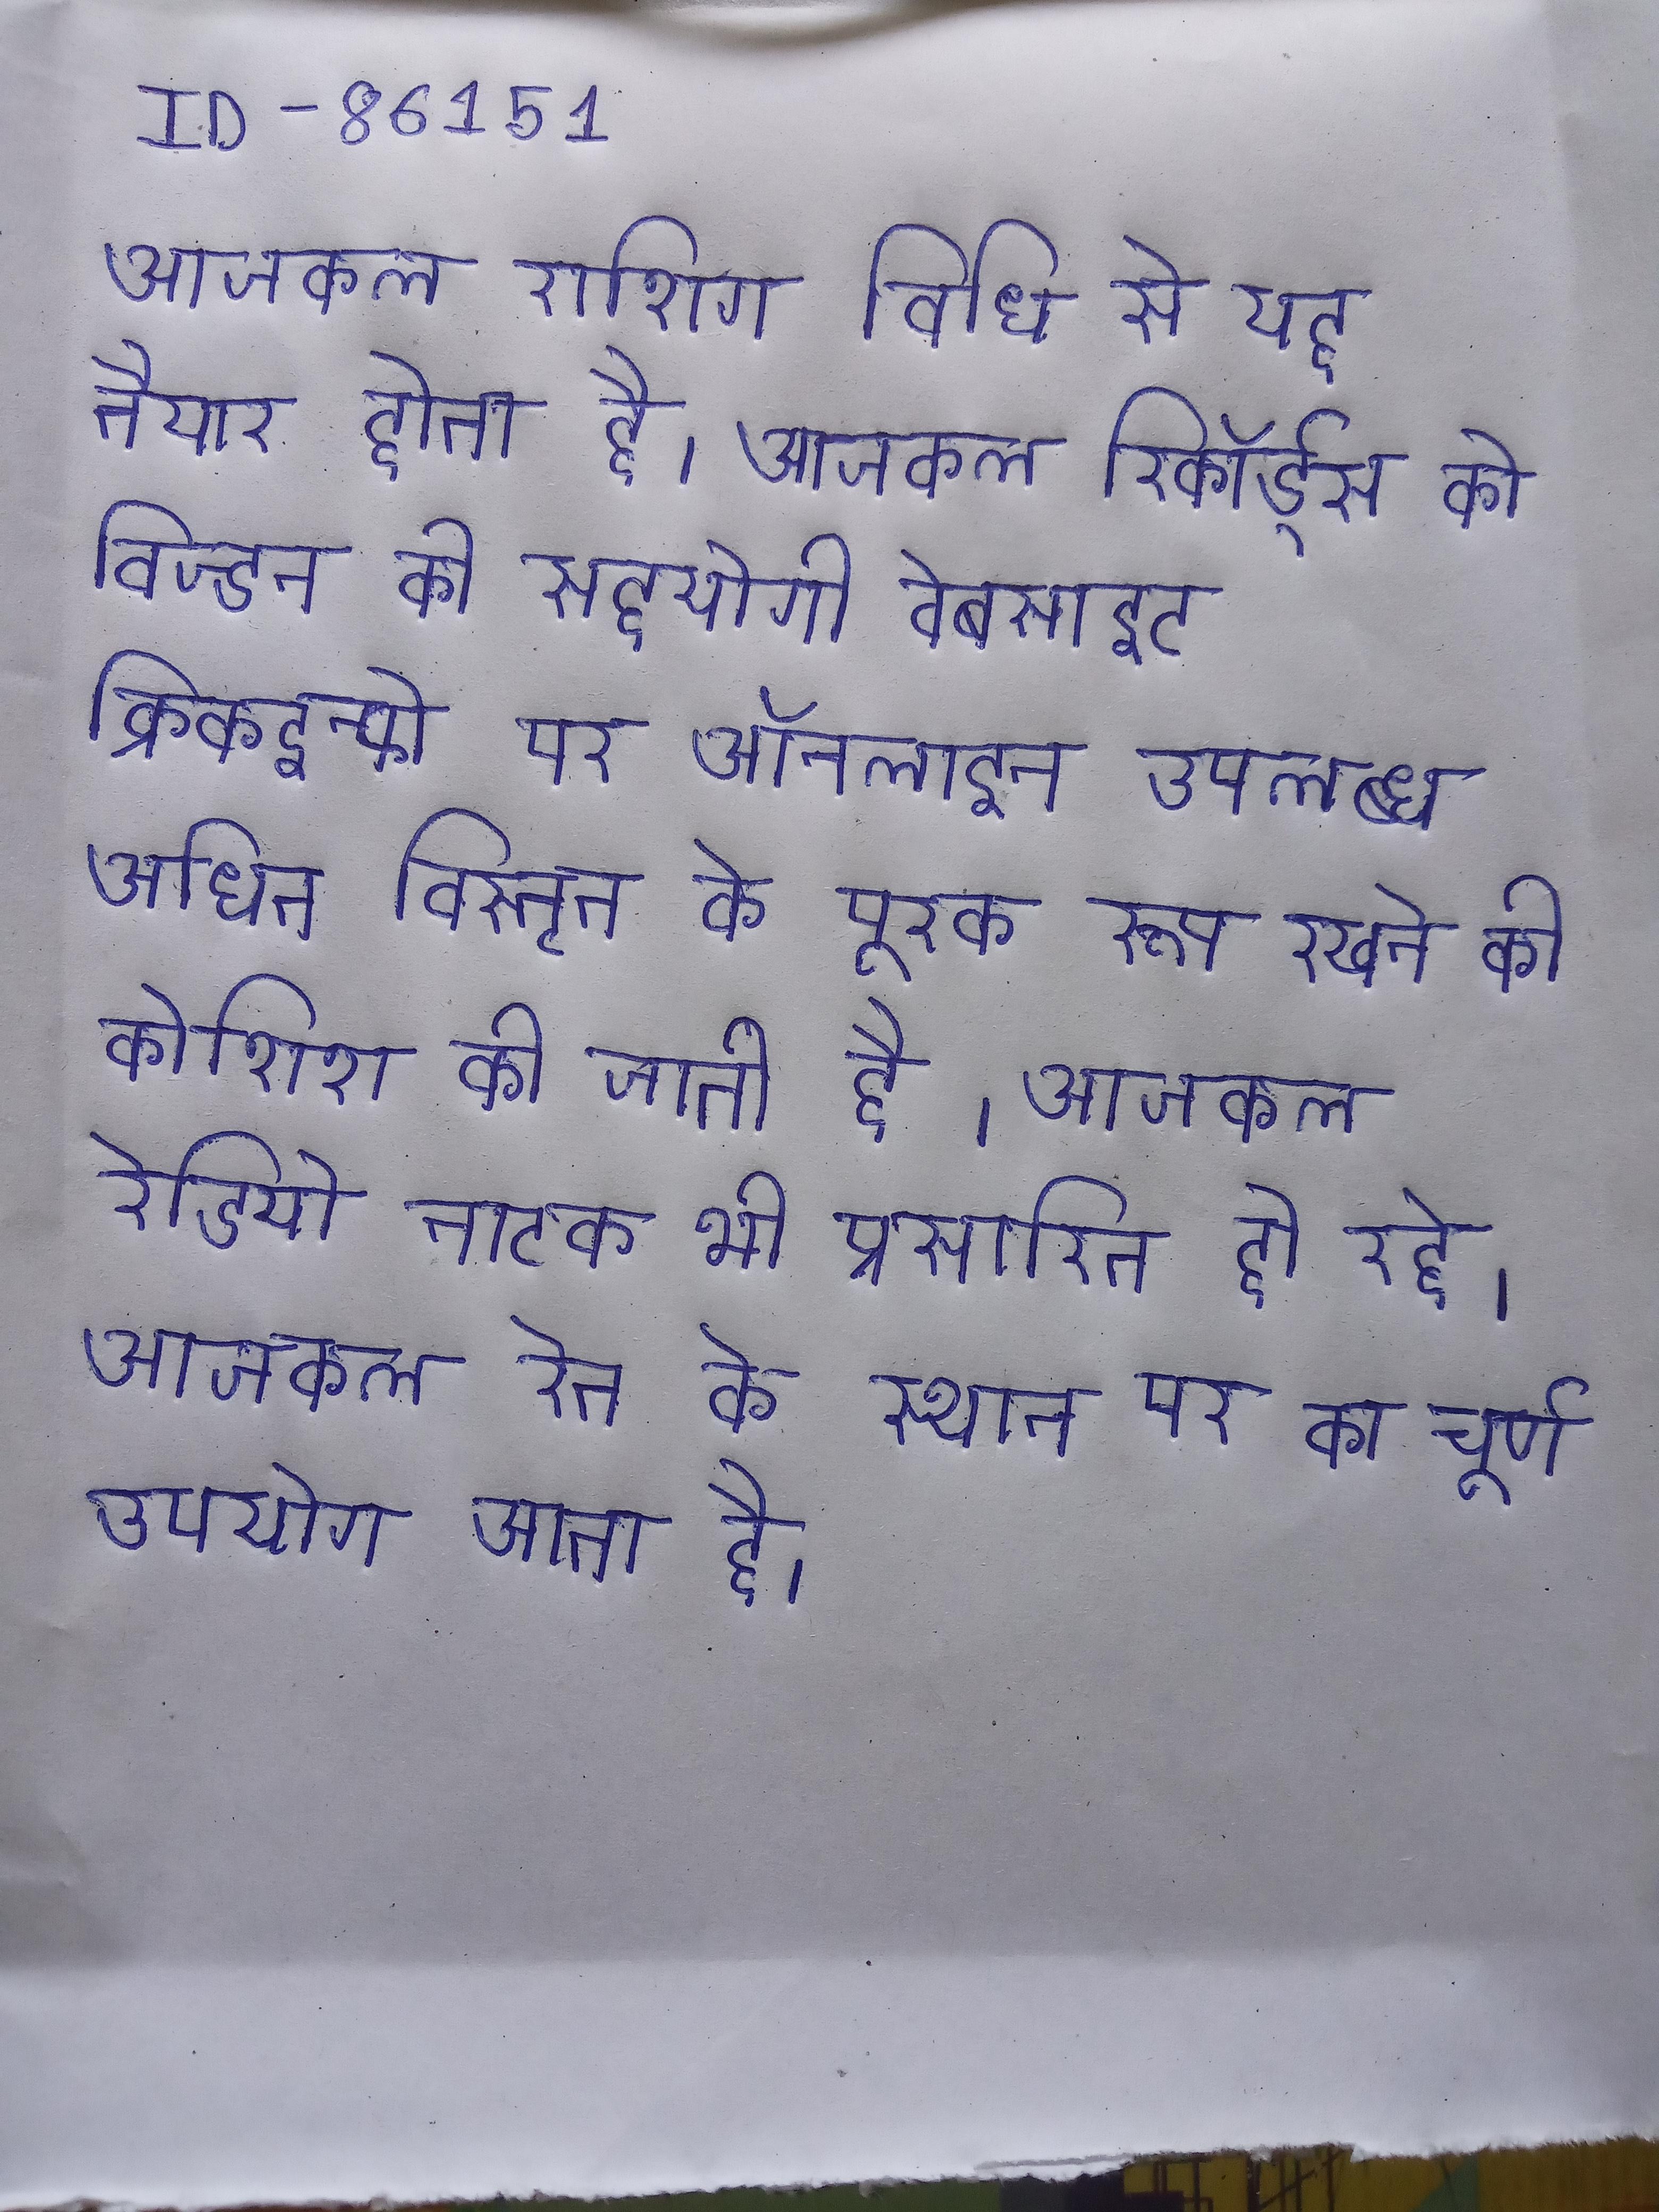
आजकल राशिग विधि से यह तैयार होता है । आजकल रिकॉर्ड्स को विज्डन की सहयोगी वेबसाइट क्रिकइन्फो पर ऑनलाइन उपलब्ध अधित विस्तृत के पूरक रूप रखने की कोशिश की जाती है । आजकल रेडियो नाटक भी प्रसारित हो रहे । आजकल रेत के स्थान पर का चूर्ण उपयोग आता है ।